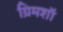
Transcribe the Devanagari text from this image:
ग्रिमशॉ